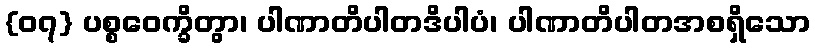
{၀၇} ပစ္စဝေက္ခိတွာ၊ ပါဏာတိပါတဒိပါပံ၊ ပါဏာတိပါတအစရှိသော